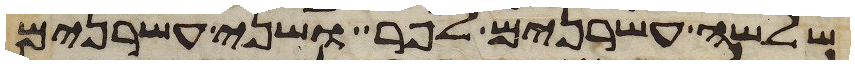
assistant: שלשה עשרנים לפר ושני עשרנים